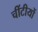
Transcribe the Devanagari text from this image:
चींटीयों